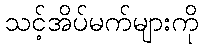
သင့်အိပ်မက်များကို